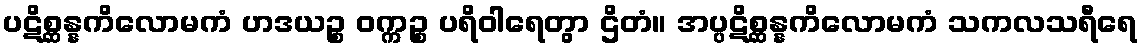
ပဋိစ္ဆန္နကိလောမကံ ဟဒယဉ္စ ဝက္ကဉ္စ ပရိဝါရေတွာ ဌိတံ။ အပ္ပဋိစ္ဆန္နကိလောမကံ သကလသရီရေ